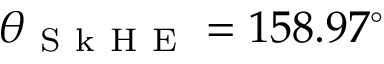
\theta _ { \mathrm { ~ S ~ k ~ H ~ E ~ } } = 1 5 8 . 9 7 ^ { \circ }